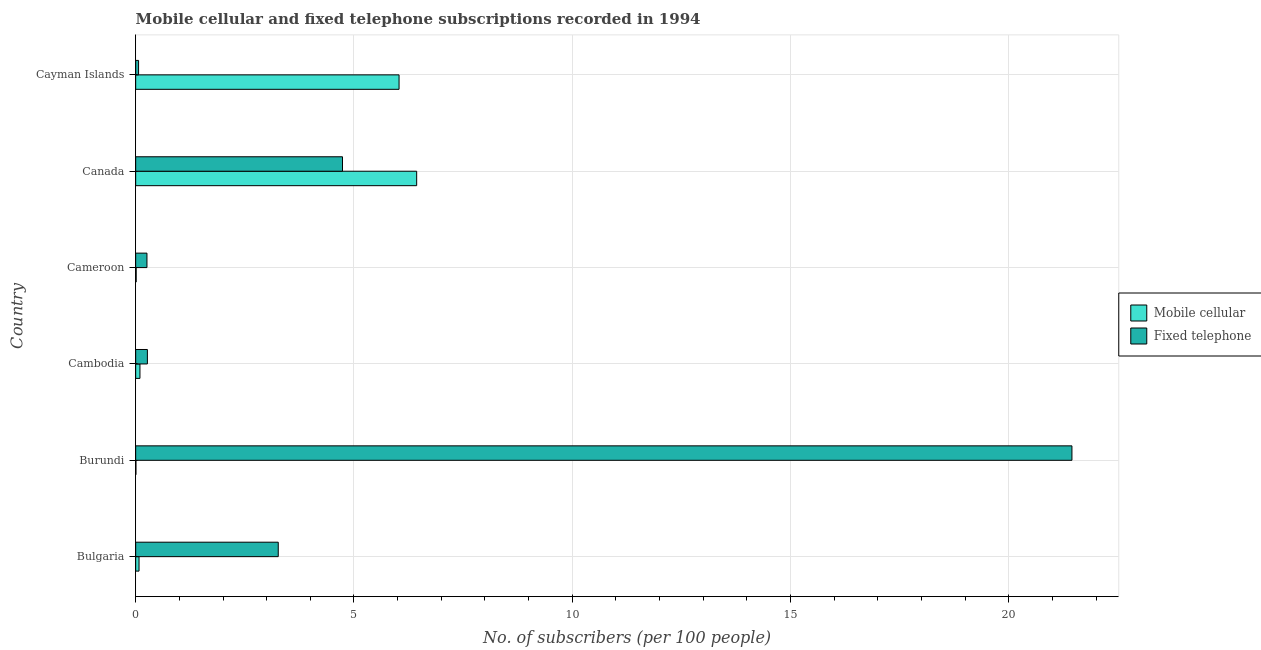
| Country | Mobile cellular | Fixed telephone |
 | --- | --- | --- |
 | Bulgaria | 0.0769 | 3.27 |
 | Burundi | 0.00618 | 21.4 |
 | Cambodia | 0.0982 | 0.268 |
 | Cameroon | 0.0118 | 0.258 |
 | Canada | 6.44 | 4.74 |
 | Cayman Islands | 6.03 | 0.0666 |